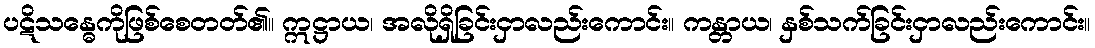
ပဋိသန္ဓေကိုဖြစ်စေတတ်၏။ ဣဋ္ဌာယ၊ အလိုရှိခြင်းငှာလည်းကောင်း။ ကန္တာယ၊ နှစ်သက်ခြင်းငှာလည်းကောင်း။